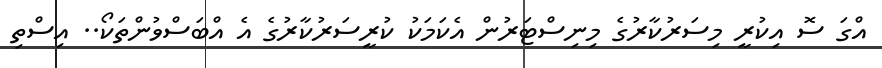
އްގަ ސޮ އިކުރީ މިސަރުކާރުގެ މިނިސްޓަރުން އެކަމަކު ކުރީސަރުކާރުގެ އެ އްބަސްވުންތަކޯ.. އިސްތި